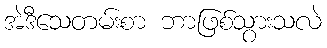
အဲဒီသေတမ်းစာ ဘာဖြစ်သွားသလဲ